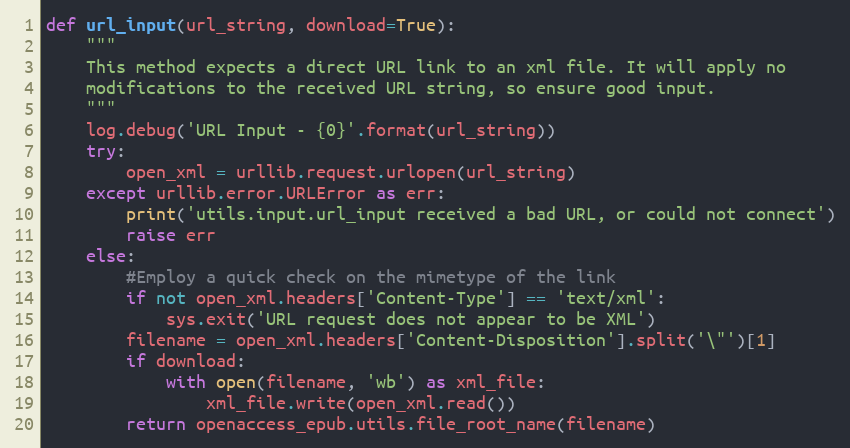
Language: Python
def url_input(url_string, download=True):
    """
    This method expects a direct URL link to an xml file. It will apply no
    modifications to the received URL string, so ensure good input.
    """
    log.debug('URL Input - {0}'.format(url_string))
    try:
        open_xml = urllib.request.urlopen(url_string)
    except urllib.error.URLError as err:
        print('utils.input.url_input received a bad URL, or could not connect')
        raise err
    else:
        #Employ a quick check on the mimetype of the link
        if not open_xml.headers['Content-Type'] == 'text/xml':
            sys.exit('URL request does not appear to be XML')
        filename = open_xml.headers['Content-Disposition'].split('\"')[1]
        if download:
            with open(filename, 'wb') as xml_file:
                xml_file.write(open_xml.read())
        return openaccess_epub.utils.file_root_name(filename)